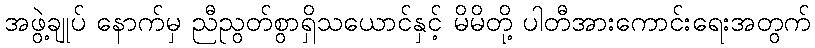
အဖွဲ့ချုပ် နောက်မှ ညီညွတ်စွာရှိသယောင်နှင့် မိမိတို့ ပါတီအားကောင်းရေးအတွက်